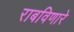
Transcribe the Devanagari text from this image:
राबविणारे